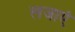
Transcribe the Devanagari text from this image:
लजाएं